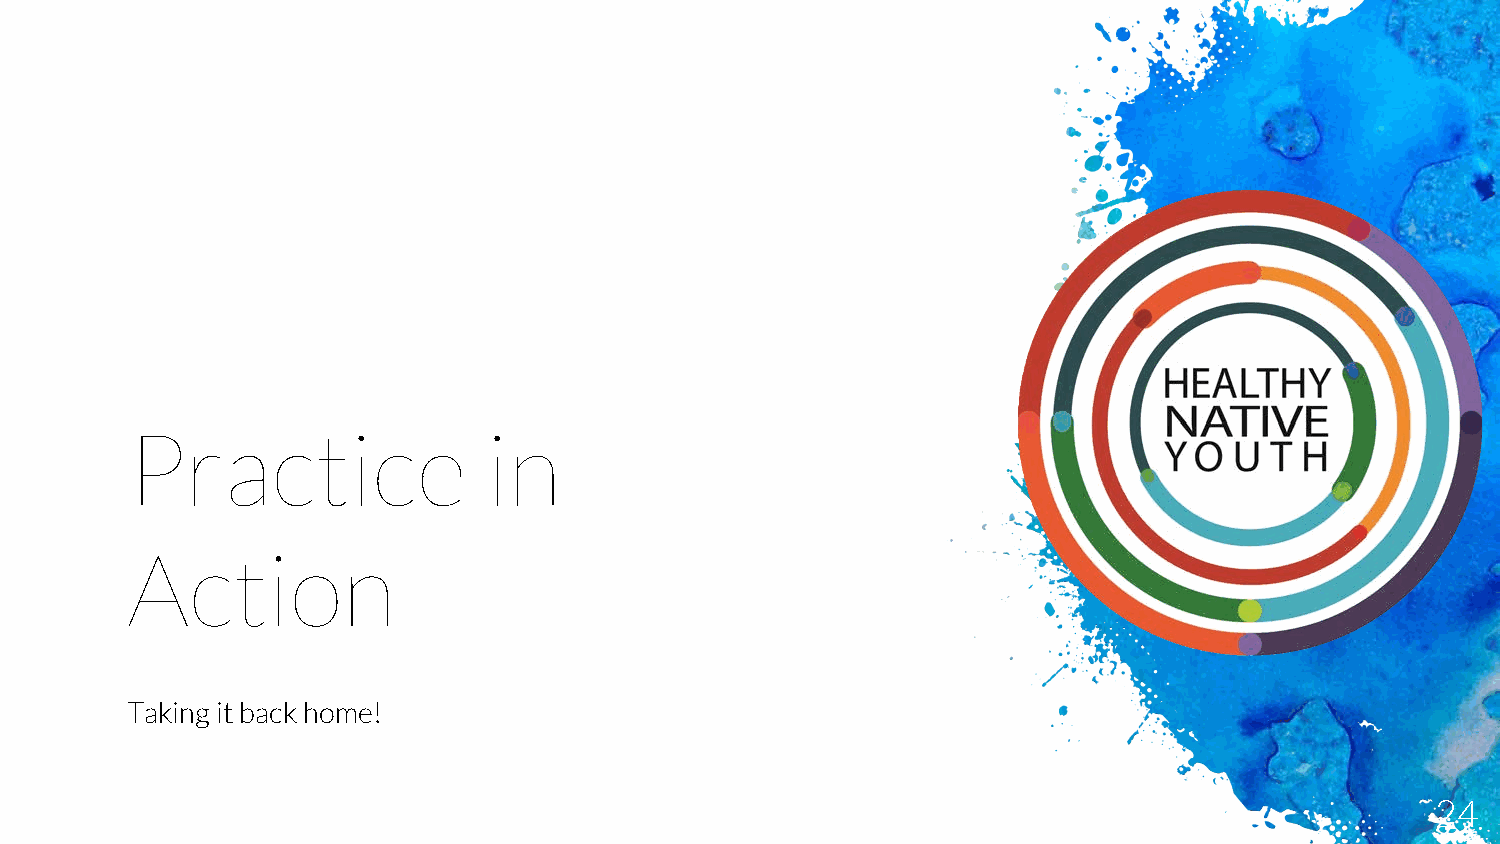
Practice                in
 Action
 Taking it back home!
 24